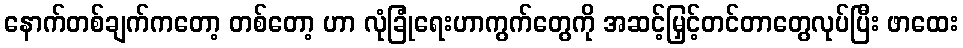
နောက်တစ်ချက်ကတော့ တစ်တော့ ဟာ လုံခြုံရေးဟာကွက်တွေကို အဆင့်မြှင့်တင်တာတွေလုပ်ပြီး ဖာထေး